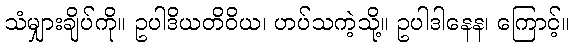
သံမျှားချိပ်ကို။ ဥပါဒိယတိဝိယ၊ ဟပ်သကဲ့သို့။ ဥပါဒါနေန၊ ကြောင့်။